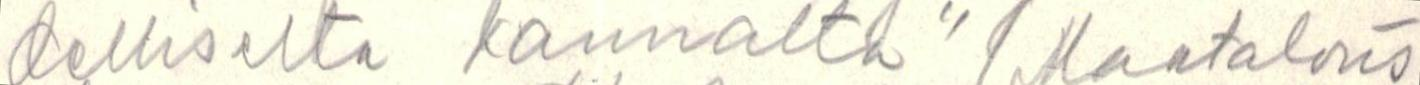
delliselta kannalta" (Maatalous